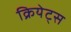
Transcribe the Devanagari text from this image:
क्रियेट्स